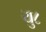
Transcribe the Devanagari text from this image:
यु८